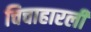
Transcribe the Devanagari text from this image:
चिचाहारली